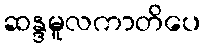
ဆန္ဒမူလကာတိပေ